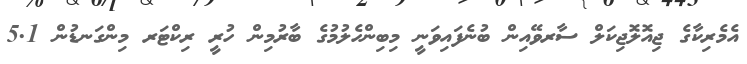
އެމެރިކާގެ ޖިއޮލޮޖިކަލް ސާރވޭއިން ބުނެފައިވަނީ މިބިންހެލުމުގެ ބާރުމިން ހުރީ ރިކްޓަރ މިންގަނޑުން 5.1